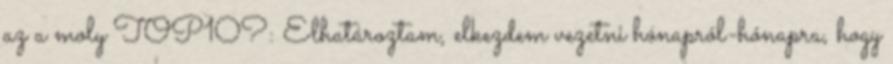
az a moly TOP10?: Elhatároztam, elkezdem vezetni hónapról-hónapra, hogy